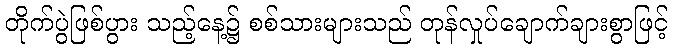
တိုက်ပွဲဖြစ်ပွား သည့်နေ့၌ စစ်သားများသည် တုန်လှုပ်ချောက်ချားစွာဖြင့်